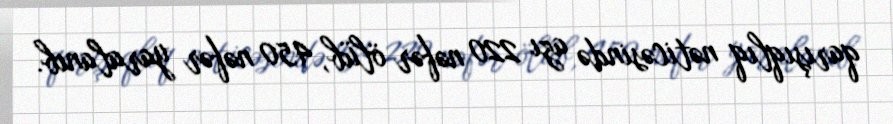
qarışıqlıq nəticəsində azı 220 nəfər ölüb, 450 nəfər yaralanıb.